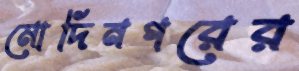
মোদিনগরের